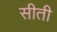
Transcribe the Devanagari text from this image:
सीती